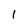
Character: 1